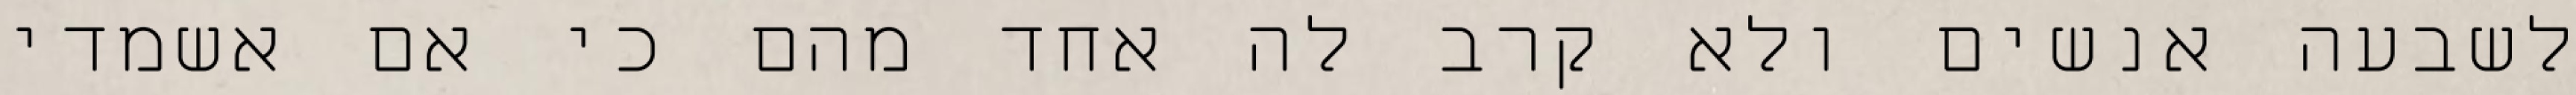
לשבעה אנשים ולא קרב לה אחד מהם כי אם אשמדי‏